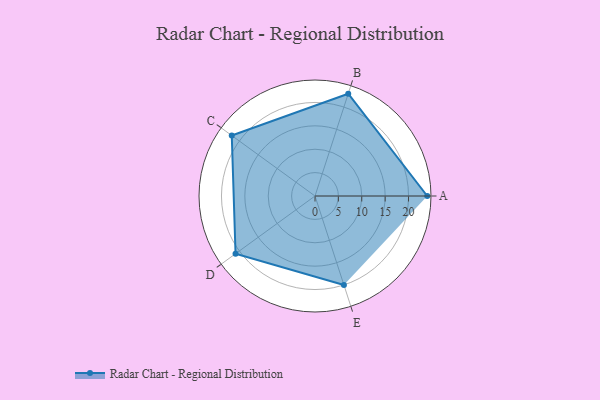
{"axis": {"x": "Skill", "y": "Score"}, "legend": ["Profile"], "data": [{"x": "A", "y": 24.0, "type": "Profile"}, {"x": "B", "y": 23.0, "type": "Profile"}, {"x": "C", "y": 22.0, "type": "Profile"}, {"x": "D", "y": 21.0, "type": "Profile"}, {"x": "E", "y": 20, "type": "Profile"}]}